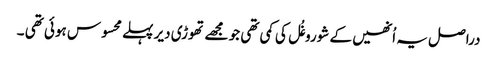
دراصل یہ اُنھیں کے شوروغُل کی کمی تھی جو مجھے تھوڑی دیر پہلے محسوس ہوئی تھی ۔